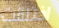
اختلقت